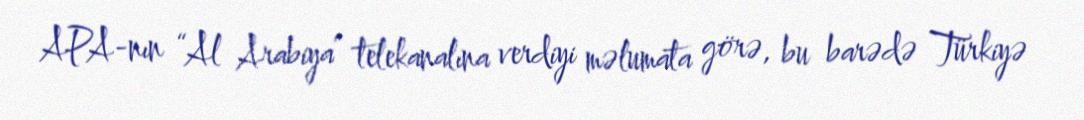
APA-nın “Al Arabiya” telekanalına verdiyi məlumata görə, bu barədə Türkiyə